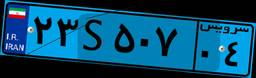
۲۳S۵۰۷۰۴